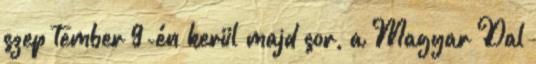
szep­ tember 9-én kerül majd sor, a Magyar Dal